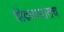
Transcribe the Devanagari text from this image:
शिकवण्यातच